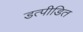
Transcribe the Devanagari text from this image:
डत्पीडित